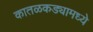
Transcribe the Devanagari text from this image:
कातळकड्यामध्ये